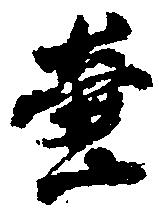
壷